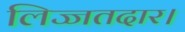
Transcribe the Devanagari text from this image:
लिज्जतदार।